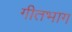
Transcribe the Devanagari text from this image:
गीतभाग